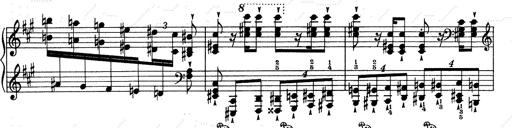
Title: RÃ©miniscences de Don Juan
Composer: Franz Liszt